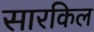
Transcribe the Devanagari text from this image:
सारकिल